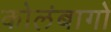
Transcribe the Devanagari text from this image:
कोलंबागो